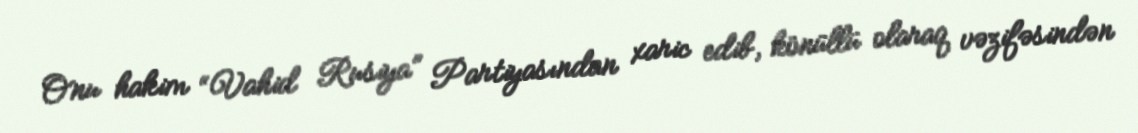
Onu hakim “Vahid Rusiya” Partiyasından xaric edib, könüllü olaraq vəzifəsindən